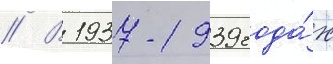
// В 1937-1939 года́х